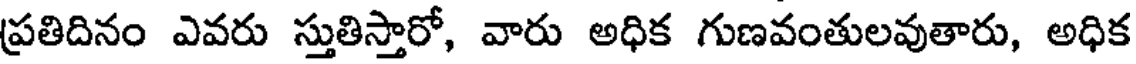
ప్రతిదినం ఎవరు స్తుతిస్తారో, వారు అధిక గుణవంతులవుతారు, అధిక